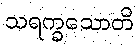
သရက္ခသောတိ